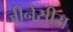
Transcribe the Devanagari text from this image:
जीनेसीस